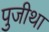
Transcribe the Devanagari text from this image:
पुजीथा